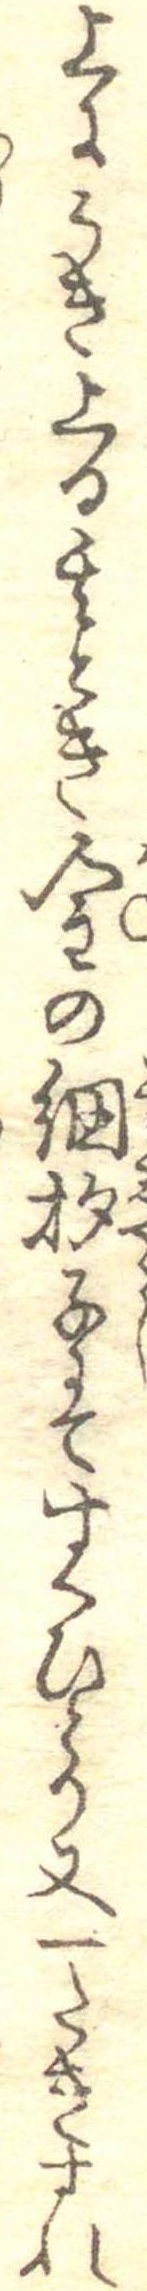
上にうき上る其とき金の網杓子にてすくひとり又一たきすれ